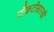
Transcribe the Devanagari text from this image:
चौकटीसारखी